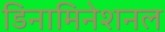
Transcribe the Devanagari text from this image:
डिनामिनेशनल